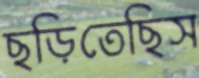
ছড়িতেছিস